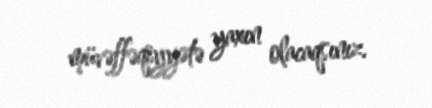
müvəffəqiyyətə yaxın olacaqsınız.